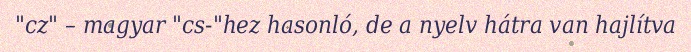
"cz" – magyar "cs-"hez hasonló, de a nyelv hátra van hajlítva